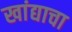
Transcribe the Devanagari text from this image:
खांद्याचा